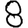
Digit: 8